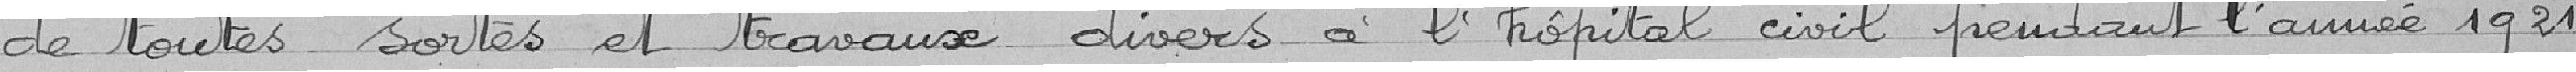
de toutes sortes et travaux divers à l'hôpital civil pendant l'année 1921.